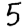
Digit: 5